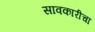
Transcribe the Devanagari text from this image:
सावकारीचा